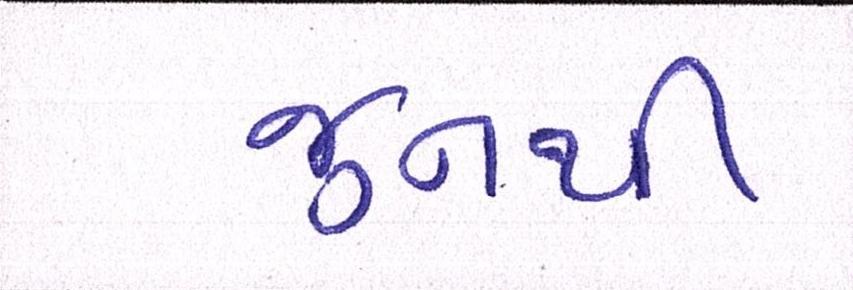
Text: જુનથી